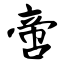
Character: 啻